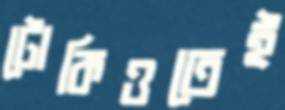
টোকিওতেই